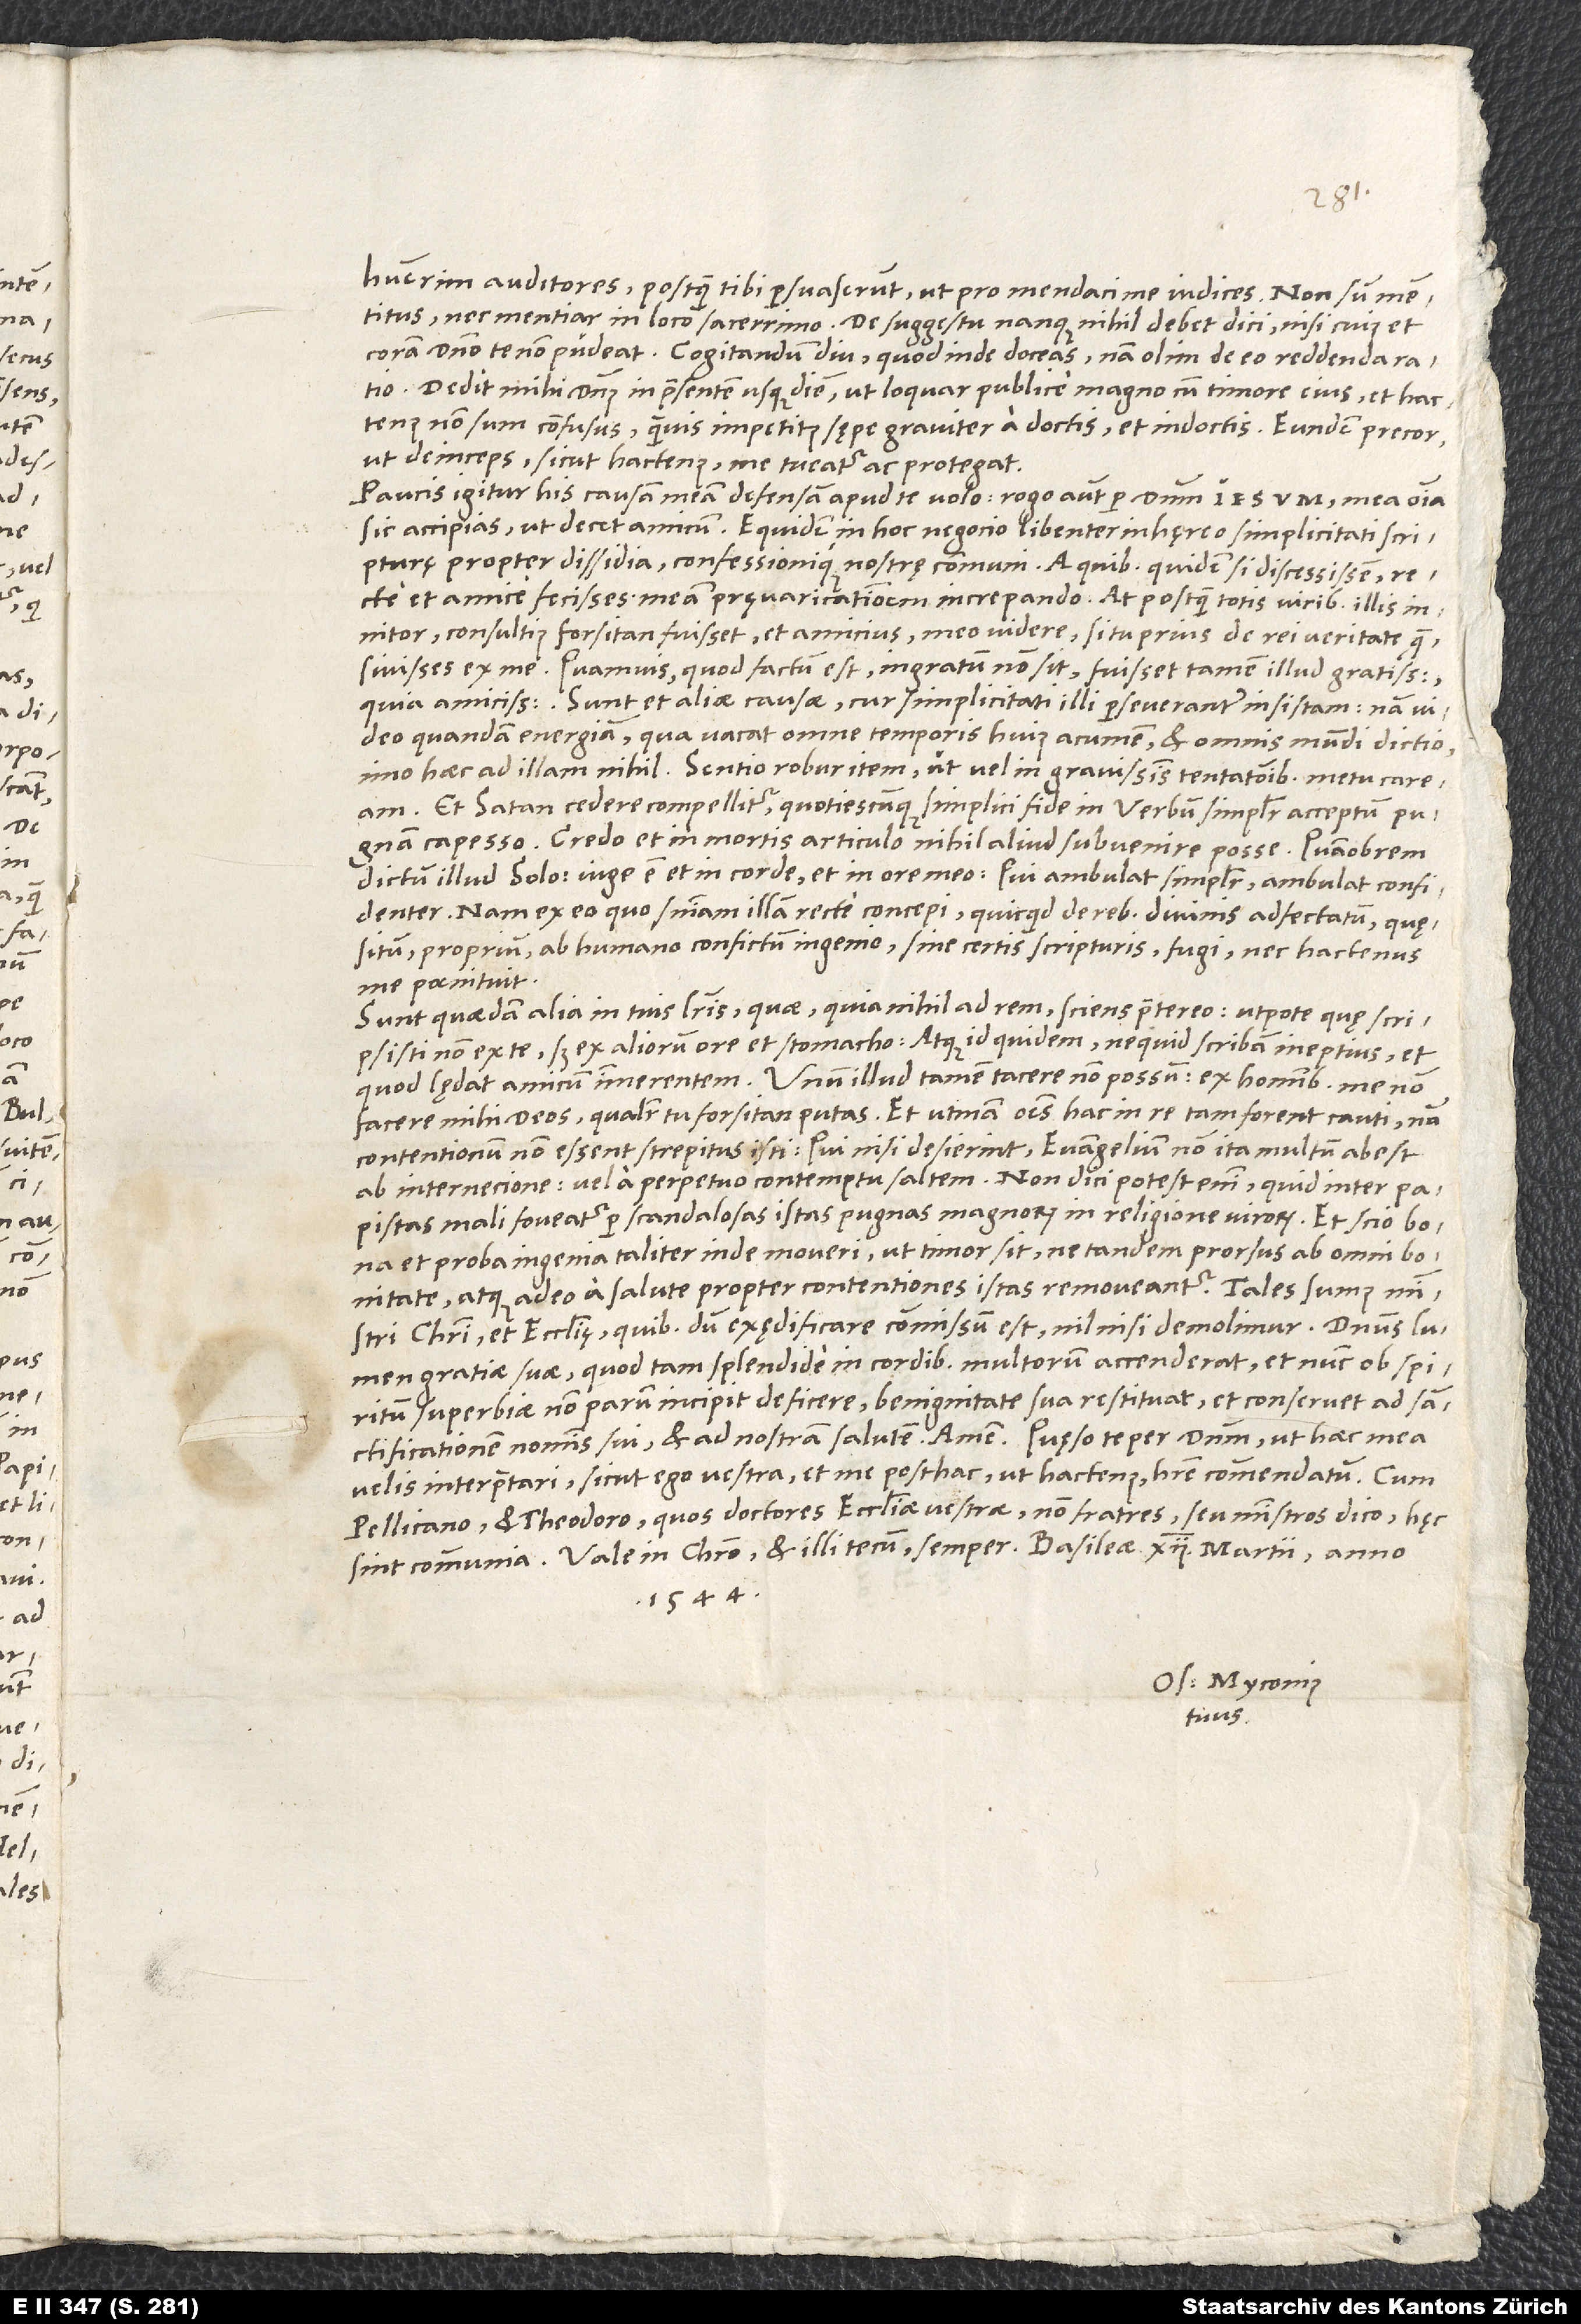
habuerim auditores, postquam tibi persuaserunt, ut pro mendaci me iudices.
nec mentiar in loco sacerrimo. De suggestu nanque nihil debet dici, nisi cuius et
coram domino te non pudeat. Cogitandum diu, quod inde doceas; nam olim deo reddenda ratio.
Dedit mihi dominus in praesentem usque diem, ut loquar publice magno cum timore eius, et hactenus
non sum confusus, quamvis impetitus sępe graviter a doctis et indoctis. Eundem precor,
ut deinceps sicut hactenus me tueatur ac protegat.
Paucis igitur his causam meam defensam apud te volo. Rogo autem per dominum Iesum, mea omnia
sic accipias, ut decet amicum. Equidem in hoc negocio libenter inhęreo simplicitati scripturę
propter dissidia confessionique nostrę communi. A quibus quidem si discessissem, recte
et amice fecisses meam pręvaricationem increpando. At postquam totis viribus illis
consultius forsitan fuisset et amicius meo videre, si tu prius de rei veritate
quęsivisses ex me. Quamvis, quod factum est, ingratum non sit, fuisset tamen illud gratissimum,
quia amicissimum. Sunt et aliae causae, cur simplicitati illi perseveranter insistam; nam video
quandam energiam, qua vacat omne temporis huius acumen et omnis mundi dictio,
imo haec ad illam nihil. Sentio robur item, ut vel in gravissimis contentionibus metu caream.
Et satan cedere compellitur, quotiescunque simplici fide in verbum simpliciter acceptum pugnam
capesso. Credo et in mortis articulo nihil aliud subvenire posse. Quamobrem
Nam ex eo, quo sententiam illam recte concepi, quicquid de rebus divinis adfectatum, quęsitum,
proprium, ab humano confictum ingenio sine certis scripturis fugi, nec hactenus
me paenituit.
Sunt quaedam alia in tuis literis, quae, quia nihil ad rem, sciens praetereo, utpote quę scripsisti
non ex te, sed ex aliorum ore et stomacho, atque id quidem, ne quid scribam ineptius, et
facere mihi deos, qualiter tu forsitan putas. Et utinam omnes hac in re tam forent cauti! Nam
contentionum non essent strepitus isti; qui nisi desierint, evangelium non ita multum abest
papistas mali foveatur per scandalosas istas pugnas magnorum in religione virorum. Et scio bona
et proba ingenia taliter inde moveri, ut timor sit, ne tandem prorsus ab omni
atque adeo a salute propter contentiones istas removeantur. Tales sumus ministri
Christi et ecclesię, quibus dum exędificare commissum est, nil nisi demolimur.
lumen gratiae suae, quod tam splendide in cordibus multorum accenderat et nunc ob spiritum
superbiae non parum incipit deficere, benignitate sua restituat et conservet ad sanctificationem
velis interpretari, sicut ego vestra, et me posthac ut hactenus habere commendatum. Cum
Pellicano et Theodoro, quos doctores ecclesiae vestrae, non fratres seu ministros dico, hęc
1544.
Os. Myconius
tuus.